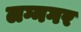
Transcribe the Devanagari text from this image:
लग्नगर